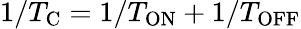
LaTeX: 1/T_{\mathrm{C}}=1/T_{\mathrm{ON}}+1/T_{\mathrm{OFF}}